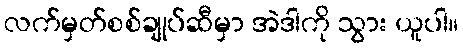
လက်မှတ်စစ်ချုပ်ဆီမှာ အဲဒါကို သွား ယူပါ။